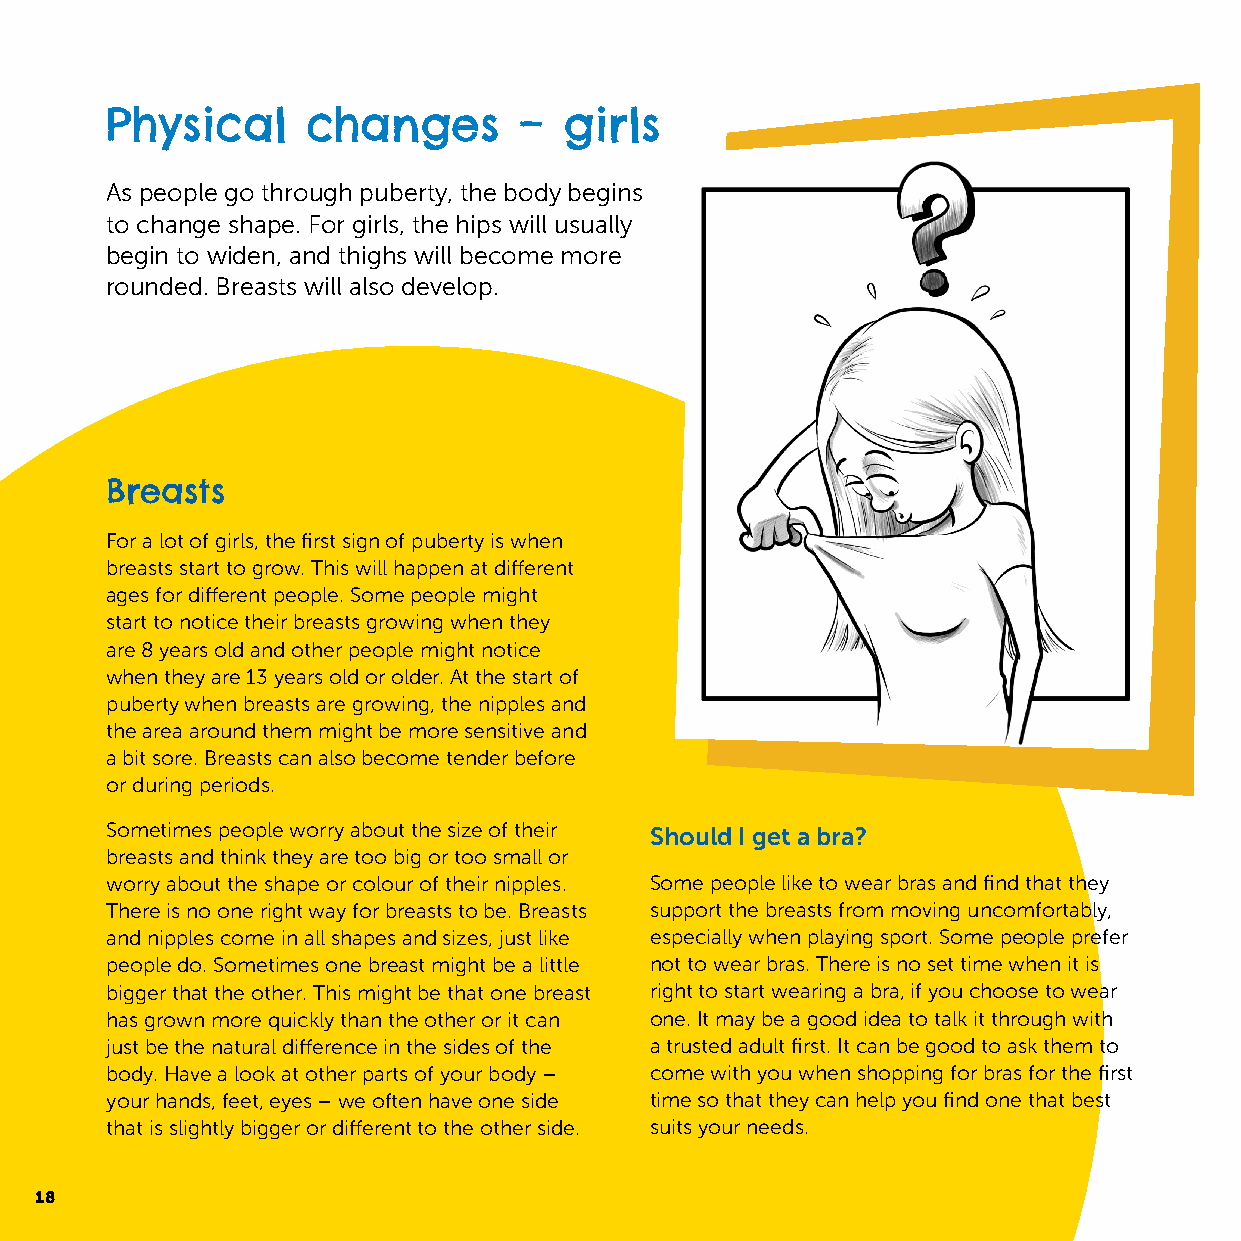
Physical     changes       –  girls
 As people go through puberty, the body begins
 to change shape. For girls, the hips will usually
 begin to widen, and thighs will become more
 rounded. Breasts will also develop.
 Breasts
 For a lot of girls, the first sign of puberty is when
 breasts start to grow. This will happen at different
 ages for different people. Some people might
 start to notice their breasts growing when they
 are 8 years old and other people might notice
 when they are 13 years old or older. At the start of
 puberty when breasts are growing, the nipples and
 the area around them might be more sensitive and
 a bit sore. Breasts can also become tender before
 or during periods.
 Sometimes people worry about the size of their Should I get a bra?
 breasts and think they are too big or too small or
 worry about the shape or colour of their nipples. Some people like to wear bras and find that they
 There is no one right way for breasts to be. Breasts support the breasts from moving uncomfortably,
 and nipples come in all shapes and sizes, just like especially when playing sport. Some people prefer
 people do. Sometimes one breast might be a little not to wear bras. There is no set time when it is
 bigger that the other. This might be that one breast right to start wearing a bra, if you choose to wear
 has grown more quickly than the other or it can one. It may be a good idea to talk it through with
 just be the natural difference in the sides of the a trusted adult first. It can be good to ask them to
 body. Have a look at other parts of your body – come with you when shopping for bras for the first
 your hands, feet, eyes – we often have one side time so that they can help you find one that best
 that is slightly bigger or different to the other side. suits your needs.
 18